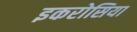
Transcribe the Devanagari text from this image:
इकरोसिया